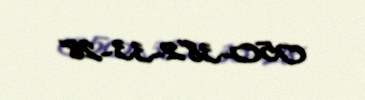
050-382-33-28